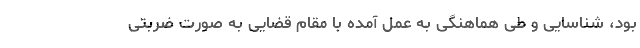
بود، شناسایی و طی هماهنگی به عمل آمده با مقام قضایی به صورت ضربتی